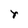
Character: r